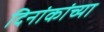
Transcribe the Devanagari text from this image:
दिनांकांच्या